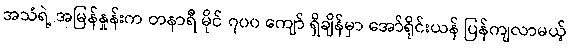
အသံရဲ့ အမြန်နှုန်းက တနာရီ မိုင် ၇၀၀ ကျော် ရှိချိန်မှာ အော်ရိုင်းယန် ပြန်ကျလာမယ့်